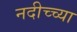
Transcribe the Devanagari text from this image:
नदीच्च्या